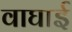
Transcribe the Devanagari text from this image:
वाघाई